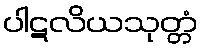
ပါဋလိယသုတ္တံ